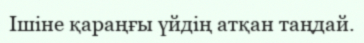
Ішіне қараңғы үйдің атқан таңдай.